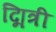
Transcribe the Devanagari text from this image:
द्मित्री